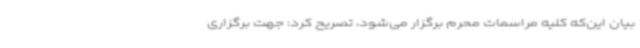
بیان این‌که کلیه مراسمات محرم برگزار می‌شود، تصریح کرد: جهت برگزاری